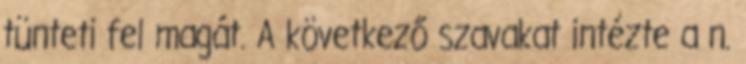
tünteti fel magát. A következő szavakat intézte a n.